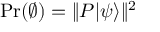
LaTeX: \Pr ( \varnothing ) = \Vert P | \psi \rangle \Vert ^ { 2 }